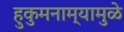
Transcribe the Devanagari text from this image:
हुकुमनाम्यामुळे